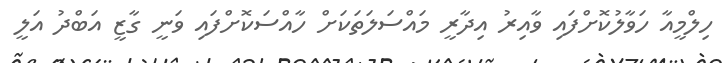
ހިލްމީއާ ހަވާލުކޮށްފައި ވާއިރު އިދާރީ މައްސަލަތަކަށް ހާއްސަކޮށްފައި ވަނީ ގާޒީ އަބްދު އަލީ